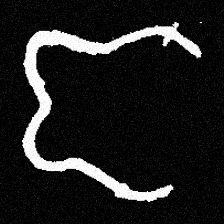
Pyu character \u2014 Myanmar letter: ဇ (romanized: ja)